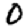
Digit: 0